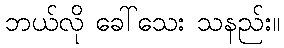
ဘယ်လို ခေါ်သေး သနည်း။